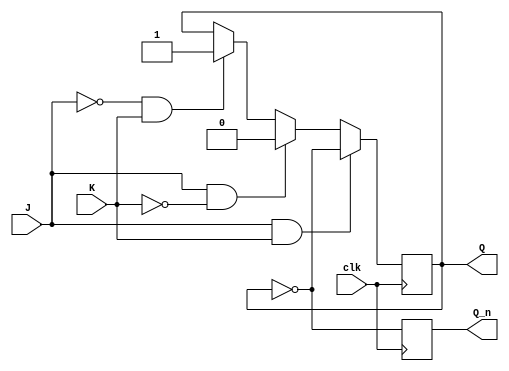
module jk_ff_negedge(clk, J, K, Q, Q_n);
  input clk, J, K;
  output reg Q, Q_n;
  
  always @(negedge clk) begin
    if (J & K) begin
      Q <= ~Q;
    end
    else begin
      if (J & ~K) begin
        Q <= 1'b0;
      end
      else if (~J & K) begin
        Q <= 1'b1;
      end
    end
    Q_n <= ~Q;
  end
endmodule